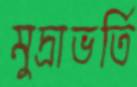
মুদ্রাভর্তি